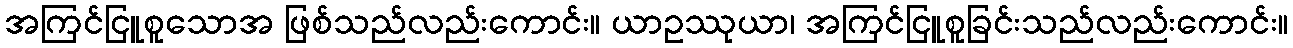
အကြင်ငြူစူသောအ ဖြစ်သည်လည်းကောင်း။ ယာဥဿုယာ၊ အကြင်ငြူစူခြင်းသည်လည်းကောင်း။